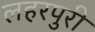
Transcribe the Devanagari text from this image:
लहरपुरी